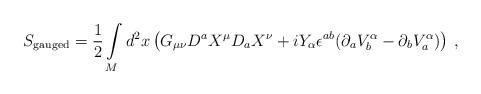
LaTeX: \begin{align*}S_{{\mbox {\scriptsize {gauged}}}}=\frac 12 \int\limits_Md^2x \left( G_{\mu\nu}D^a X^\mu D_a X^\nu +iY_\alpha \epsilon^{ab}(\partial_a V_b^\alpha -\partial_b V_a^\alpha ) \right) \,,\end{align*}